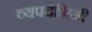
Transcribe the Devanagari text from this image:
व्यपदेशिनी